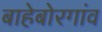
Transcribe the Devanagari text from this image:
बाहेबोरगांव